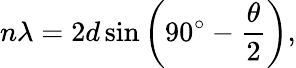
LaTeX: n\lambda=2d\sin\left(90^{\circ}-{\frac{\theta}{2}}\right),